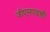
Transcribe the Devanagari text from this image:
जीएमएचसी